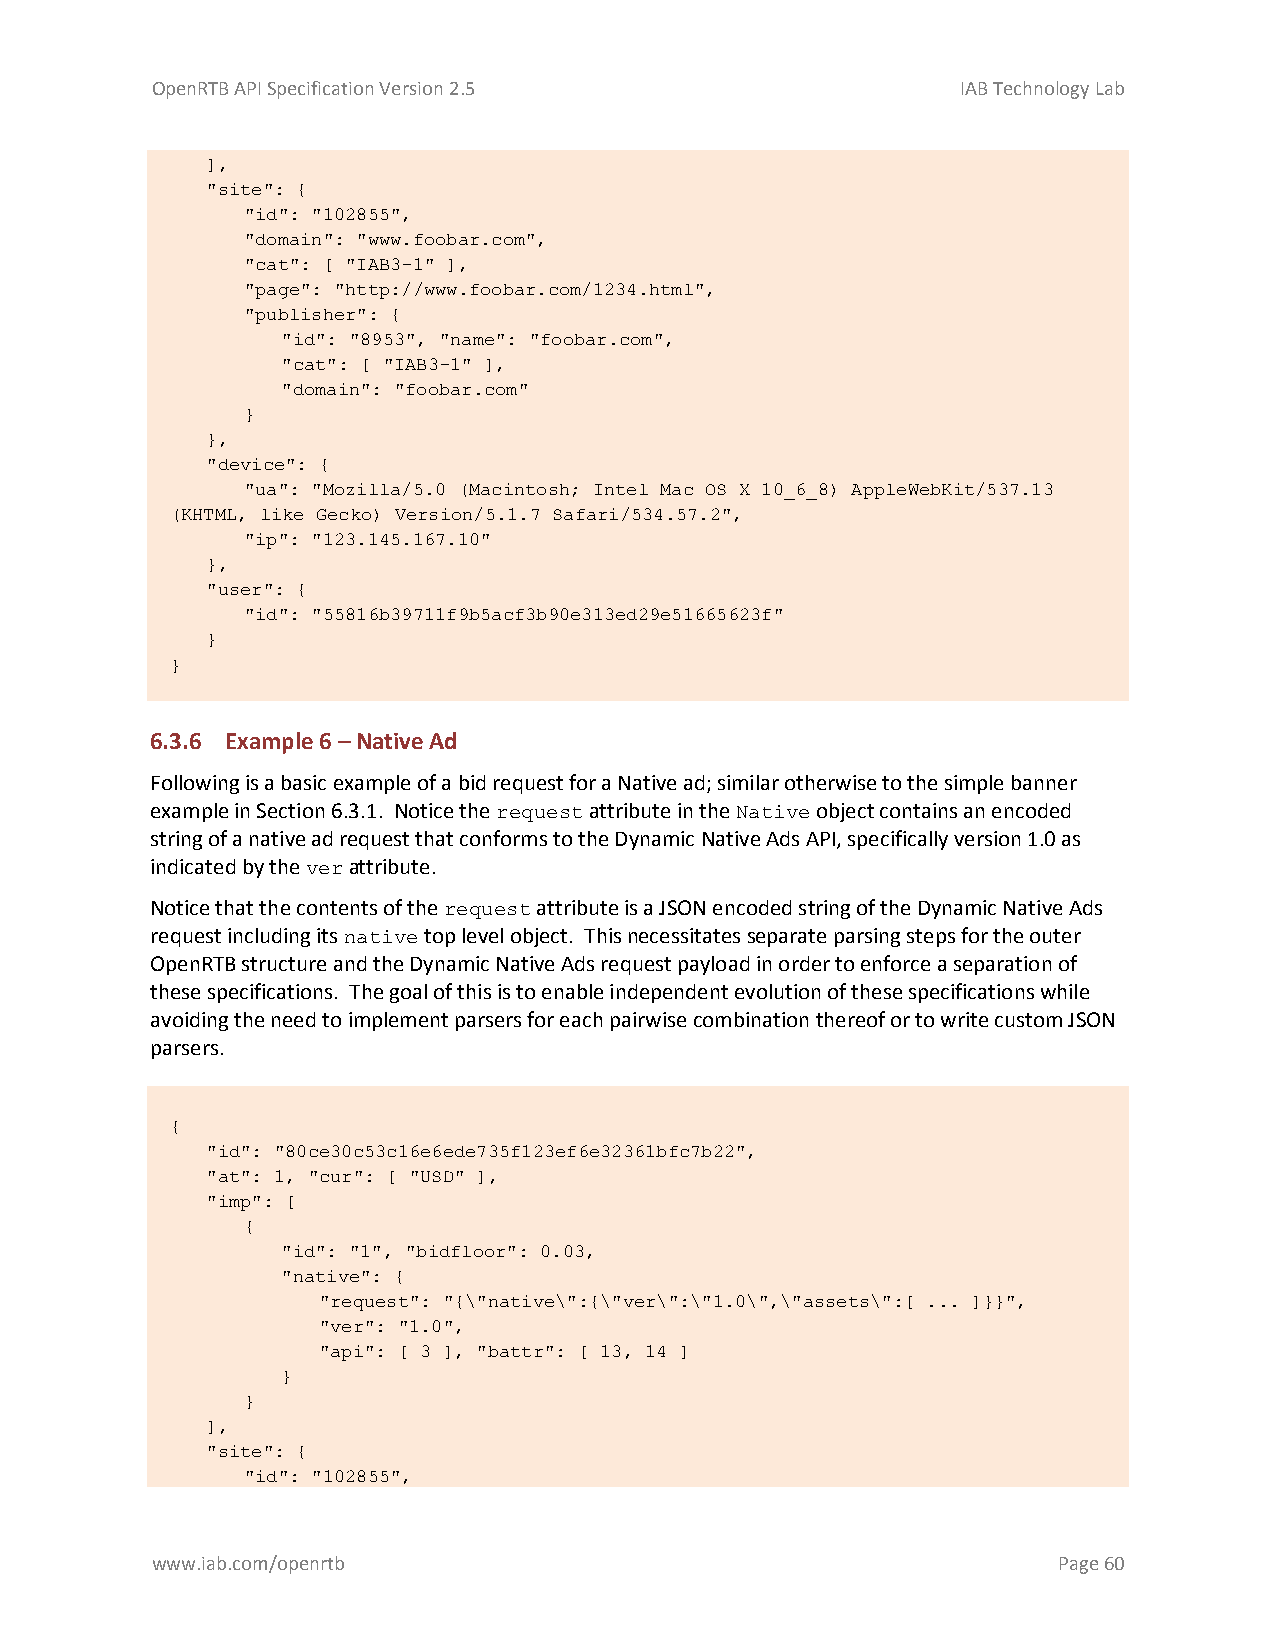
OpenRTB API Specification Version 2.5                 IAB Technology Lab
 ],
 "site": {
 "id": "102855",
 "domain": "www.foobar.com",
 "cat": [ "IAB3-1" ],
 "page": "http://www.foobar.com/1234.html",
 "publisher": {
 "id": "8953", "name": "foobar.com",
 "cat": [ "IAB3-1" ],
 "domain": "foobar.com"
 }
 },
 "device": {
 "ua": "Mozilla/5.0 (Macintosh; Intel Mac OS X 10_6_8) AppleWebKit/537.13
 (KHTML, like Gecko) Version/5.1.7 Safari/534.57.2",
 "ip": "123.145.167.10"
 },
 "user": {
 "id": "55816b39711f9b5acf3b90e313ed29e51665623f"
 }
 }
 6.3.6 Example 6 – Native Ad
 Following is a basic example of a bid request for a Native ad; similar otherwise to the simple banner
 example in Section 6.3.1. Notice the request attribute in the Native object contains an encoded
 string of a native ad request that conforms to the Dynamic Native Ads API, specifically version 1.0 as
 indicated by the ver attribute.
 Notice that the contents of the request attribute is a JSON encoded string of the Dynamic Native Ads
 request including its native top level object. This necessitates separate parsing steps for the outer
 OpenRTB structure and the Dynamic Native Ads request payload in order to enforce a separation of
 these specifications. The goal of this is to enable independent evolution of these specifications while
 avoiding the need to implement parsers for each pairwise combination thereof or to write custom JSON
 parsers.
 {
 "id": "80ce30c53c16e6ede735f123ef6e32361bfc7b22",
 "at": 1, "cur": [ "USD" ],
 "imp": [
 {
 "id": "1", "bidfloor": 0.03,
 "native": {
 "request": "{\"native\":{\"ver\":\"1.0\",\"assets\":[ ... ]}}",
 "ver": "1.0",
 "api": [ 3 ], "battr": [ 13, 14 ]
 }
 }
 ],
 "site": {
 "id": "102855",
 www.iab.com/openrtb                                         Page 60